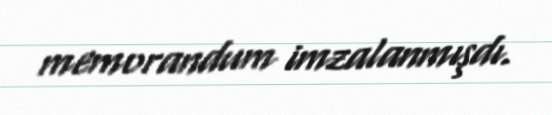
memorandum imzalanmışdı.